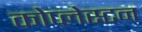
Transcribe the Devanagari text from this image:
कोप्लेस्टन